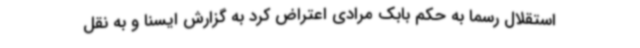
استقلال رسما به حکم بابک مرادی اعتراض کرد به گزارش ایسنا و به نقل